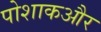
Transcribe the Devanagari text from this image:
पोशाकऔर